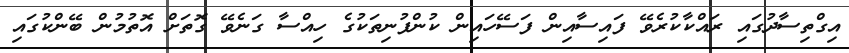
އިގްތިސާދުގައި ރައްކާކުރެވޭ ފައިސާއިން ފަސޭހައިން ކުންފުނިތަކުގެ ހިއްސާ ގަނެވޭ ގޮތަށް އޮތުމުން ބޭންކުގައި